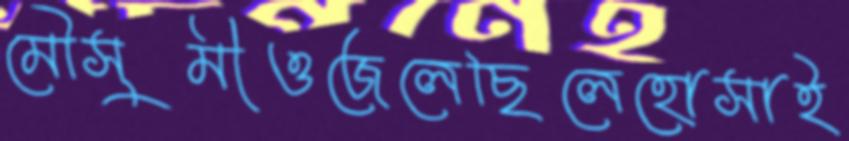
মৌসুমীওজেলেছিলেহোসাই